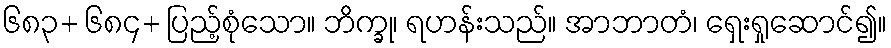
၆၈၃+ ၆၈၄+ ပြည့်စုံသော။ ဘိက္ခု၊ ရဟန်းသည်။ အာဘာတံ၊ ရှေးရှုဆောင်၍။